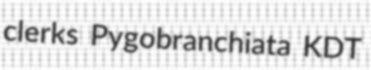
clerks Pygobranchiata KDT